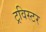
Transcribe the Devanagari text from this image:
ट्रविस्टर